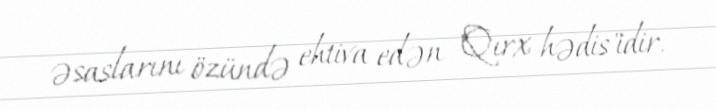
əsaslarını özündə ehtiva edən "Qırx hədis"idir.